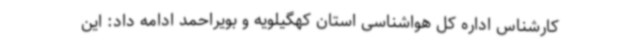
کارشناس اداره کل هواشناسی استان کهگیلویه و بویراحمد ادامه داد: این